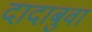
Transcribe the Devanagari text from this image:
दादाबुवा